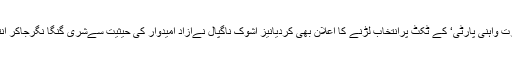
کسنا رام نائی نے تو’بھارت واہنی پارٹی‘ کے ٹکٹ پرانتخاب لڑنے کا اعلان بھی کردیانیز اشوک ناگپال نےآزاد امیدوار کی حیثیت سےشری گنگا نگرجاکر انتخاب لڑنے کا فیصلہ کیا۔